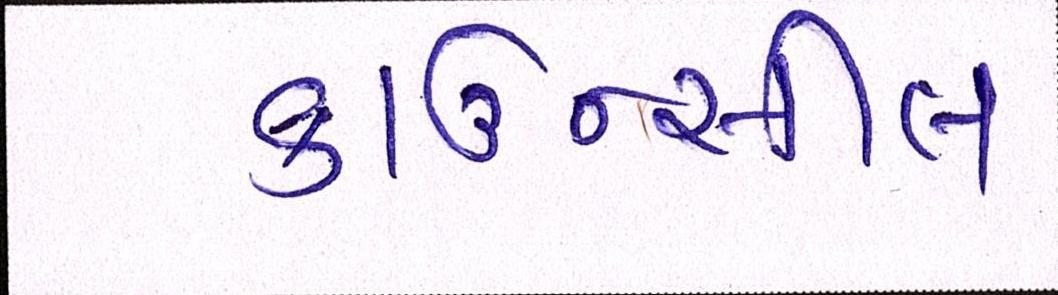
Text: કાઉન્સીલ